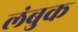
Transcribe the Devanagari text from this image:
लंबुक